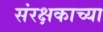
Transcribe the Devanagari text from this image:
संरक्षकाच्या